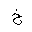
Letter: _kha